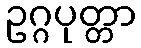
ဥဂ္ဂပုတ္တာ